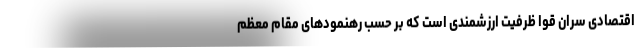
اقتصادی سران قوا ظرفیت ارزشمندی است که بر حسب رهنمودهای مقام معظم